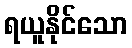
ရယူနိုင်သော